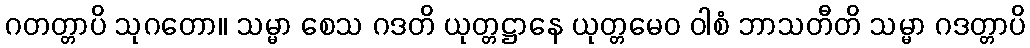
ဂတတ္တာပိ သုဂတော။ သမ္မာ စေသ ဂဒတိ ယုတ္တဋ္ဌာနေ ယုတ္တမေဝ ဝါစံ ဘာသတီတိ သမ္မာ ဂဒတ္တာပိ